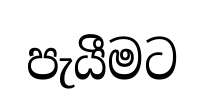
පැයීමට